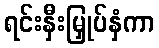
ရင်းနှီးမြှုပ်နှံကာ